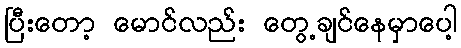
ပြီးတော့ မောင်လည်း တွေ့ချင်နေမှာပေါ့